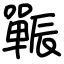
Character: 辴